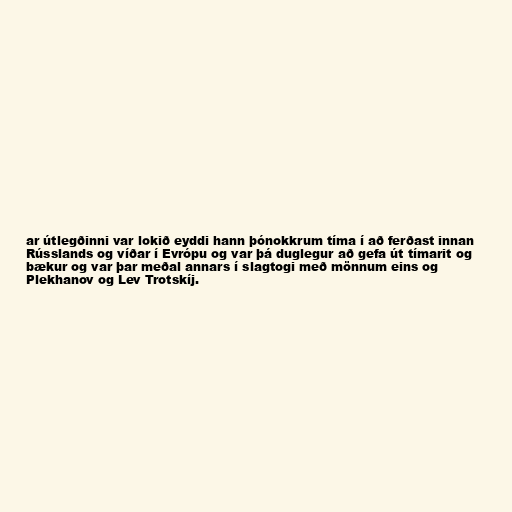
ar útlegðinni var lokið eyddi hann þónokkrum tíma í að ferðast innan
Rússlands og víðar í Evrópu og var þá duglegur að gefa út tímarit og
bækur og var þar meðal annars í slagtogi með mönnum eins og
Plekhanov og Lev Trotskíj.